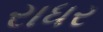
રાધર